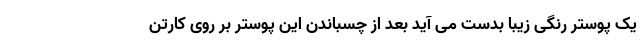
یک پوستر رنگی زیبا بدست می آید بعد از چسباندن این پوستر بر روی کارتن